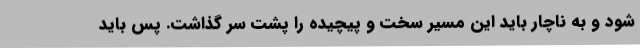
شود و به ناچار باید این مسیر سخت و پیچیده را پشت سر گذاشت. پس باید